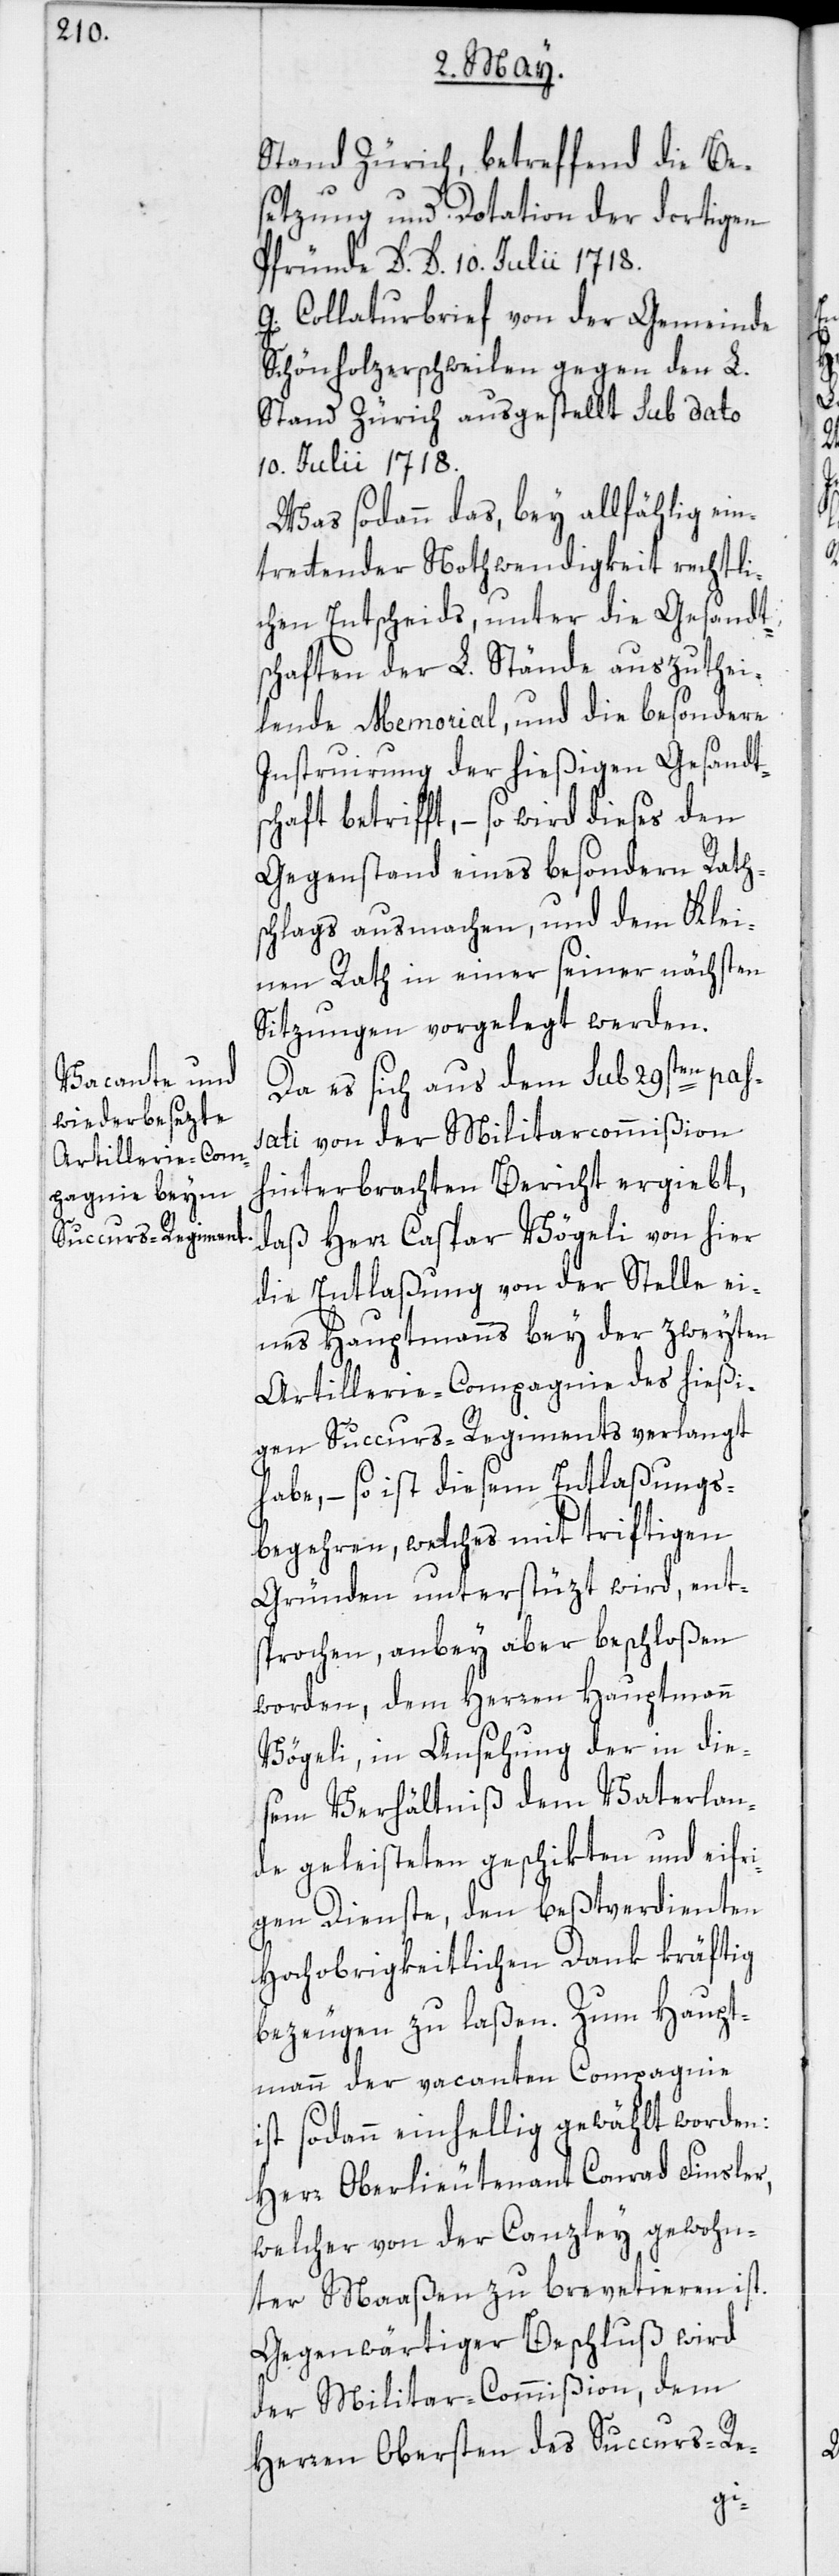
Stand Zürich, betreffend die Be¬
setzung und Dotation der dortigen
Pfründe. D. D. 10. Julii 1718.
G. Collaturbrief von der Gemeinde
Schönholzerschweilen gegen den L.
Stand Zürich ausgestellt sub dato
10. Julii 1718.
Was sodann das, bey allfählig ein¬
trettender Nothwendigkeit rechtli¬
chen Entscheids, unter die Gesandts¬
chaften der L. Stände auszuthei¬
lende Memorial, und die besondere
Instruirung der hießigen Gesandts¬
chaft betrifft, – so wird dieses den
Gegenstand eines besondern Raths¬
chlags ausmachen, und dem Klei¬
nen Rath in einer seiner nächsten
Sitzungen vorgelegt werden.
pas¬
Da es sich aus dem sub 29st¬
sati von der Militarcommißion
hinterbrachten Bericht ergiebt,
daß Herr Caspar Vögeli von hier
die Entlaßung von der Stelle ei¬
nes Hauptmanns bey der zweyten
Artillerie-Compagnie des hießi¬
gen Succurs-Regiments verlangt
habe, – so ist diesem Entlaßungs¬
begehren, welches mit triftigen
Gründen unterstüzt wird, ents¬
prochen, anbey aber beschloßen
worden, dem Herren Hauptmann
Vögeli, in Ansehung der in die¬
sem Verhältniß dem Vaterlan¬
de geleisteten geschikten und eifr¬
igen Dienste, den beßtverdienten
Hochobrigkeitlichen Dank kräftig
bezeugen zu laßen. Zum Haupt¬
mann der vacanten Compagnie
ist sodann einhellig gewählt worden:
Herr Oberlieutenant Conrad Finsler,
welcher von der Canzley gewohn¬
ter Maaßen zu brevetieren ist.
Gegenwärtiger Beschluß wird
der Militar-Commißion, dem
Herren Obersten des Succurs-Re-
en